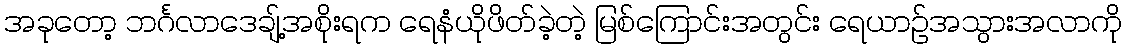
အခုတော့ ဘင်္ဂလာဒေချ့်အစိုးရက ရေနံယိုဖိတ်ခဲ့တဲ့ မြစ်ကြောင်းအတွင်း ရေယာဉ်အသွားအလာကို